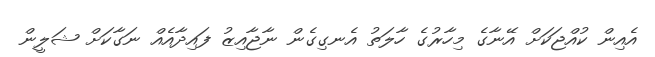
އެއިން ކުއްޖަކަށް އޭނާގެ މިހާރުގެ ހާލަތު އެނގިގެން ނާޖާއިޒު ފައިދާއެއް ނަގާކަށް ޝަލީން